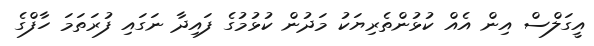
އީގަލްސް އިން އެއް ކުޅުންތެރިޔަކު މަދުން ކުޅުމުގެ ފައިދާ ނަގައި ފުރަތަމަ ހާފްގެ